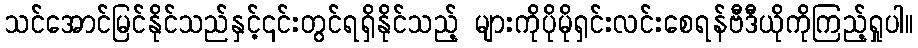
သင်အောင်မြင်နိုင်သည်နှင့်၎င်းတွင်ရရှိနိုင်သည့် များကိုပိုမိုရှင်းလင်းစေရန်ဗီဒီယိုကိုကြည့်ရှုပါ။